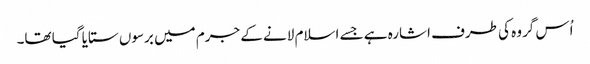
اُس گروہ کی طرف اشارہ ہے جسے اسلام لانے کے جرم میں برسوں ستایا گیا تھا۔